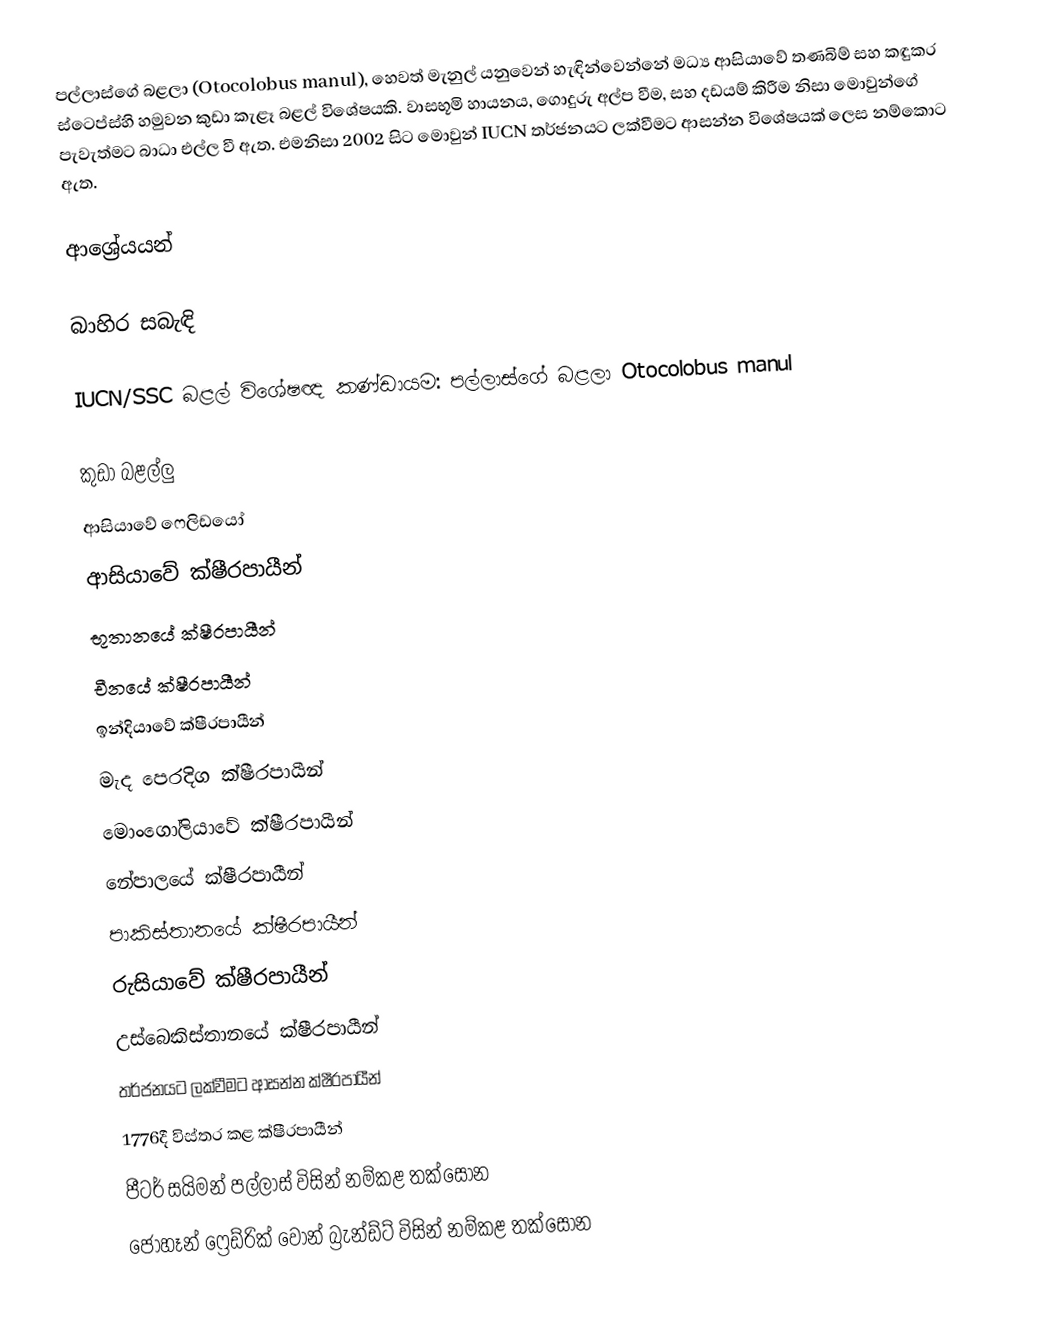
පල්ලාස්ගේ බළලා (Otocolobus manul), හෙවත් මැනුල් යනුවෙන් හැඳින්වෙන්නේ මධ්‍ය ආසියාවේ තණබිම් සහ කඳුකර ස්ටෙප්ස්හි හමුවන කුඩා කැළෑ බළල් විශේෂයකි. වාසභූමි හායනය, ගොදුරු අල්ප වීම, සහ දඩයම් කිරීම නිසා මොවුන්ගේ පැවැත්මට බාධා එල්ල වී ඇත. එමනිසා 2002 සිට මොවුන් IUCN තර්ජනයට ලක්වීමට ආසන්න විශේෂයක් ලෙස නම්කොට ඇත.

ආශ්‍රේයයන්

බාහිර සබැඳි

IUCN/SSC බළල් විශේෂඥ කණ්ඩායම: පල්ලාස්ගේ බළලා Otocolobus manul

කුඩා බළල්ලු
ආසියාවේ ෆෙලිඩයෝ
ආසියාවේ ක්ෂීරපායීන්
භූතානයේ ක්ෂීරපායීන්
චීනයේ ක්ෂීරපායීන්
ඉන්දියාවේ ක්ෂීරපායීන්
මැද පෙරදිග ක්ෂීරපායීන්
මොංගෝලියාවේ ක්ෂීරපායීන්
නේපාලයේ ක්ෂීරපායීන්
පාකිස්තානයේ ක්ෂීරපායීන්
රුසියාවේ ක්ෂීරපායීන්
උස්බෙකිස්තානයේ ක්ෂීරපායීන්
තර්ජනයට ලක්වීමට ආසන්න ක්ෂීරපායීන්
1776දී විස්තර කළ ක්ෂීරපායීන්
පීටර් සයිමන් පල්ලාස් විසින් නම්කළ තක්සෝන
ජොහෑන් ෆ්‍රෙඩ්රික් වොන් බ්‍රැන්ඩ්ට් විසින් නම්කළ තක්සෝන